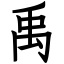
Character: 禹